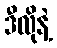
ဒီလိုနဲ့